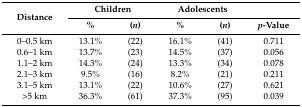
<table><thead><tr><td rowspan="2"><b>Distance</b></td><td colspan="2"><b>Children</b></td><td colspan="2"><b>Adolescents</b></td><td></td></tr><tr><td><b>%</b></td><td><b>(<i>n</i>)</b></td><td><b>%</b></td><td><b>(<i>n</i>)</b></td><td><b><i>p</i>-Value</b></td></tr></thead><tbody><tr><td>0–0.5 km</td><td>13.1%</td><td>(22)</td><td>16.1%</td><td>(41)</td><td>0.711</td></tr><tr><td>0.6–1 km</td><td>13.7%</td><td>(23)</td><td>14.5%</td><td>(37)</td><td>0.056</td></tr><tr><td>1.1–2 km</td><td>14.3%</td><td>(24)</td><td>13.3%</td><td>(34)</td><td>0.078</td></tr><tr><td>2.1–3 km</td><td>9.5%</td><td>(16)</td><td>8.2%</td><td>(21)</td><td>0.211</td></tr><tr><td>3.1–5 km</td><td>13.1%</td><td>(22)</td><td>10.6%</td><td>(27)</td><td>0.621</td></tr><tr><td>&gt;5 km</td><td>36.3%</td><td>(61)</td><td>37.3%</td><td>(95)</td><td>0.039</td></tr></tbody></table>